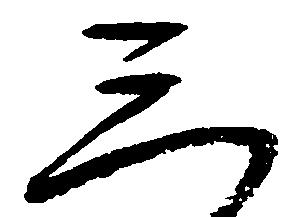
三